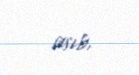
asıb.